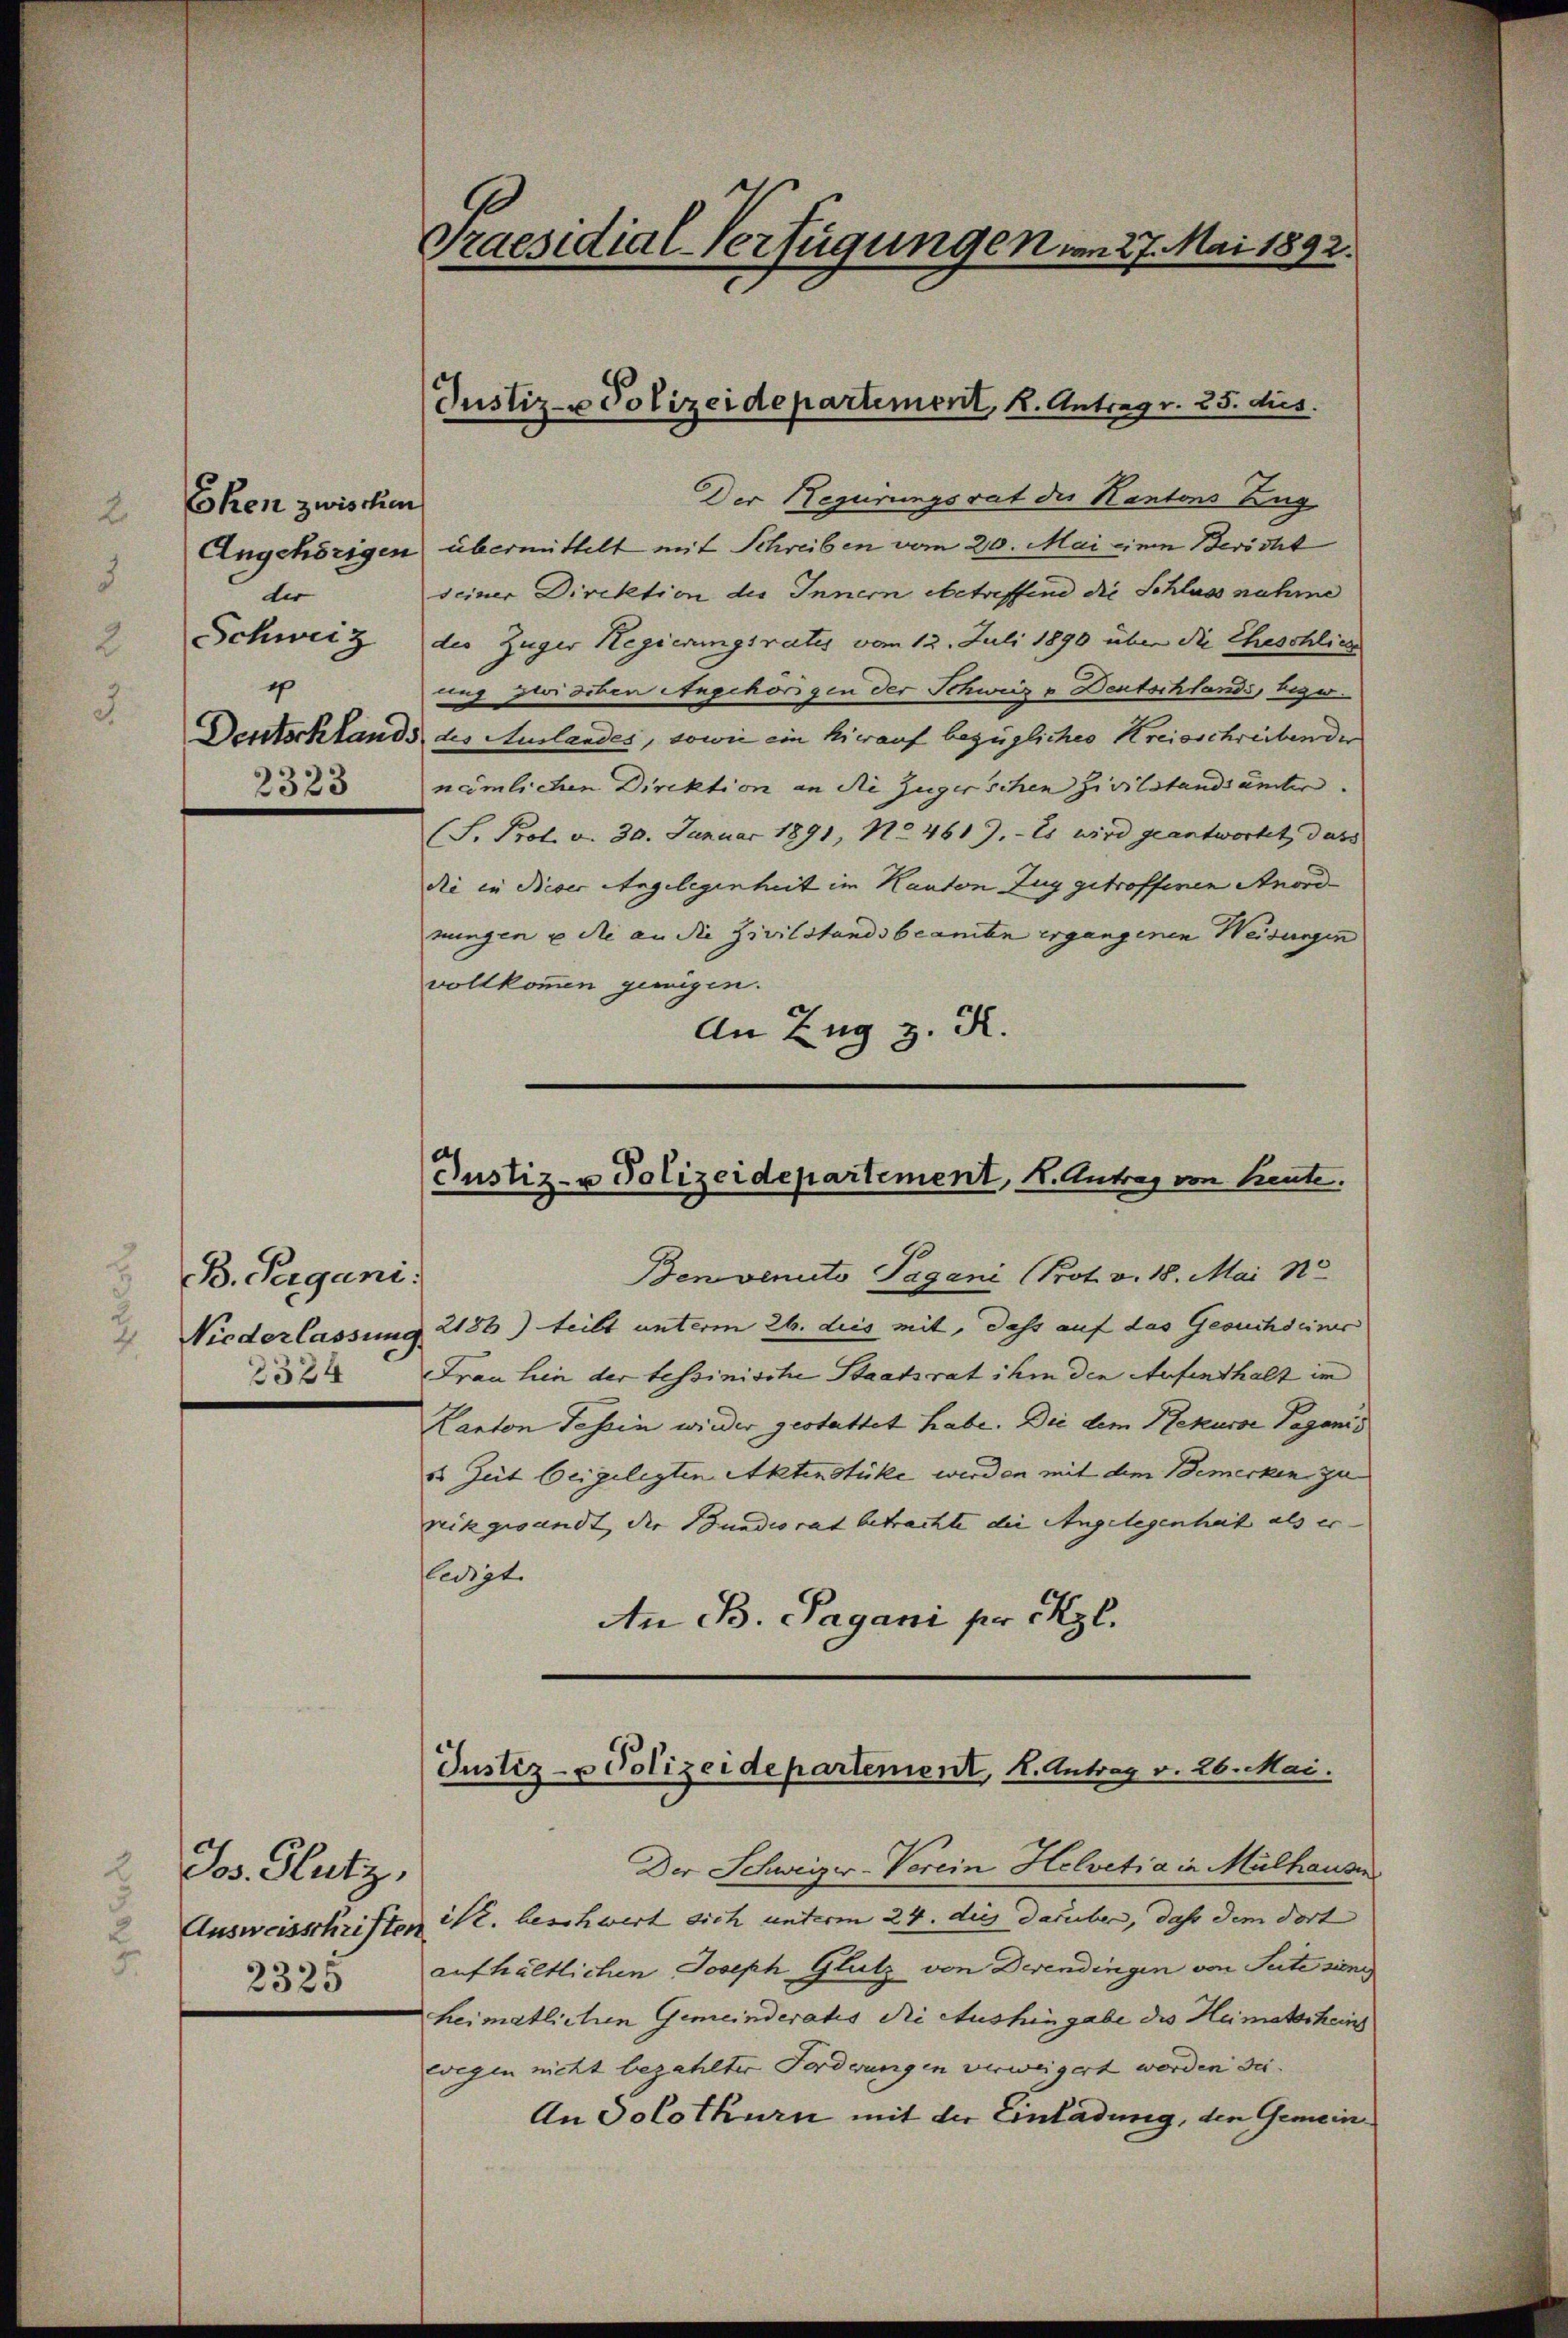
Eken zwischen
Angehörigen
der
Schweiz
x
2323

B. Pergani
2
2324

Jos. Glutz,
Ausweisschriften
u
2325

Praesidial-Verfügungen vom 27. Mai 1892.

Justiz- & Polizeidepartement, K. Antrag v. 25. dies

Der Regierungsrat des Kantons Zug
übermittelt mit Schreiben vom 20. Mai eine Bericht
seiner Direktion des Innern betreffend die Schluss nahme
des Zuger Hegierungsrates vom 12. Juli 1890 über die Eheschliche
ung zwischen Angehörigen der Schweiz v Deutschlands, bezw.
Deutschlands des Auslandes, sowie ein hierauf bezügliches Kreisschreiben der
nämlichen Direktion an die Zugerschen Zivilstand unter.
(S. Prot. d. 30. Januar 1891, No 461. Es wird geantwortet, dass
die in dieser Angelegenheit im Kanton Zug getroffenen Anord-
nungen u die an die Zivilstandsbeamten ergangenen Weisungen
vollkommen genügen.
An Zug z. R.

Justiz- u Polizeidepartement, K. Antrag von heute.

Benvenuto Pagani (Prot. v. 18. Mai 1
Niederlassung 2188) teilt unterm 26. dies mit, dass auf das Gesuchseiner
Frau hin der tessinische Staatsrat ihm den Aufenthalt ir
Kanton Tessin wieder gestattet habe. Die dem Rekurse Paganis
s Zeit beigelegten Aktenstüke werden mit dem Bemerken zu
reikgesandt, die Bundesrat betrachte die Angelegenheit als er- |
ledigt.
An B. Sagani pr Ekzl.

Justiz- & Polizeidepartement, K. Antrag v. 26. Mai.

Der Schweizer-Verein Helvetia in Mülhause
it. beschwert sich unterm 24. dies darüber, daß dem dort |
aufhältlichen Joseph Glutz von Derendingen von Seite sing
heimatlichen Gemeinderates die Aushingabe des Heimatscheins
wegen nicht bezahlter Forderungen verweigert worden der
An Solothurn mit der Einladung, den Gemein¬